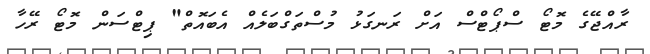
ރާއްޖޭގެ މޮޓޯ ސްޕޯޓްސް އަށް ރަނގަޅު މުސްތަގްބަލެއް އެބައޮތް" ޕިޓްސަން މޮޓޯ ރޭހާ